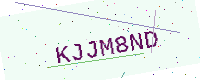
Text: KJJM8ND